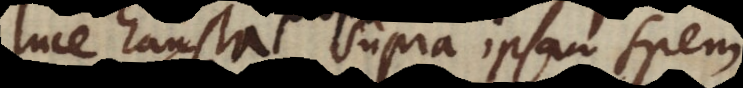
luce hausta supra ipsam spem